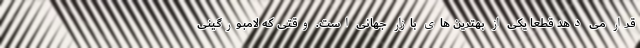
قرار می دهد قطعا یکی از بهترین های بازار جهانی است. وقتی که لامبورگینی